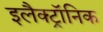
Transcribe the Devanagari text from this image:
इलैक्‍ट्रॉनिक